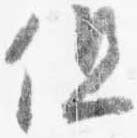
但